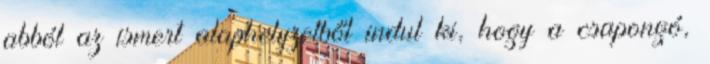
abból az ismert alaphelyzetből indul ki, hogy a csapongó,